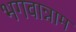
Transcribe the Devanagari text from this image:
भगवान्नाम